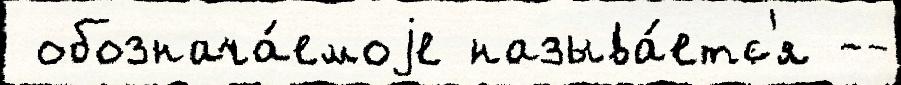
 обознача́емоjе называ́етс'я --